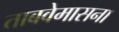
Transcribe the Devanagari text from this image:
ताबवेमासना